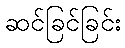
ဆင်ခြင်ခြင်း